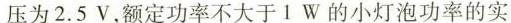
压为2.5V，额定功率不大于ⅠW的小灯泡功率的实